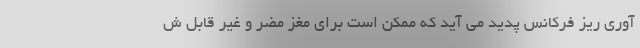
آوری ریز فرکانس پدید می آید که ممکن است برای مغز مضر و غیر قابل ش